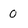
Character: 0